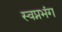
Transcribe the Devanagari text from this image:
स्वप्नभंग